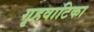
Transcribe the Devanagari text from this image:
गृहवाटिका